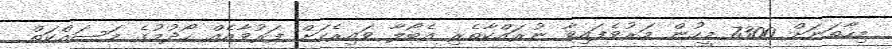
މިހާތަނަށް 7300 މީހުން މަރުވެފައިވާ ނުރައްކާތެރި އެބޯލާ ވައިރެހަށް ފަރުވާއެއް ހޯދުމުގެ މަސައްކަތް